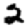
Digit: 2